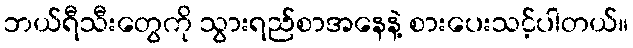
ဘယ်ရီသီးတွေကို သွားရည်စာအနေနဲ့ စားပေးသင့်ပါတယ်။